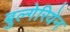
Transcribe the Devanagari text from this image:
बुल्गेरियेन